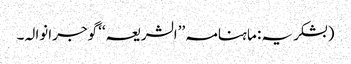
(بشکریہ: ماہنامہ ’’الشریعہ‘‘ گوجرانوالہ۔